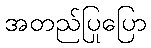
အတည်ပြုပြော